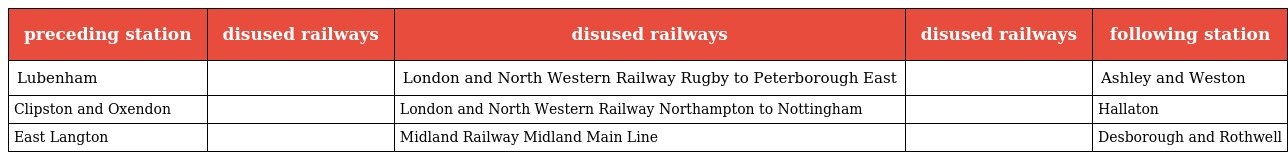
| preceding station | disused railways | disused railways | disused railways | following station |
 | --- | --- | --- | --- | --- |
 | Lubenham |  | London and North Western Railway Rugby to Peterborough East |  | Ashley and Weston |
 | Clipston and Oxendon |  | London and North Western Railway Northampton to Nottingham |  | Hallaton |
 | East Langton |  | Midland Railway Midland Main Line |  | Desborough and Rothwell |